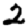
Digit: 2